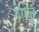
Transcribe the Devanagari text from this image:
शेरवेल